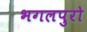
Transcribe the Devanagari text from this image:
भगलपुरो